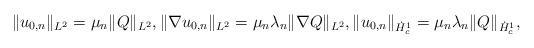
LaTeX: \begin{align*}\|u_{0,n}\|_{L^2} = \mu_n \|Q\|_{L^2}, \|\nabla u_{0,n}\|_{L^2}= \mu_n \lambda_n \|\nabla Q\|_{L^2}, \|u_{0,n}\|_{\dot{H}^1_c} = \mu_n \lambda_n \|Q\|_{\dot{H}^1_c},\end{align*}